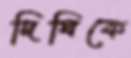
দিঘিকে